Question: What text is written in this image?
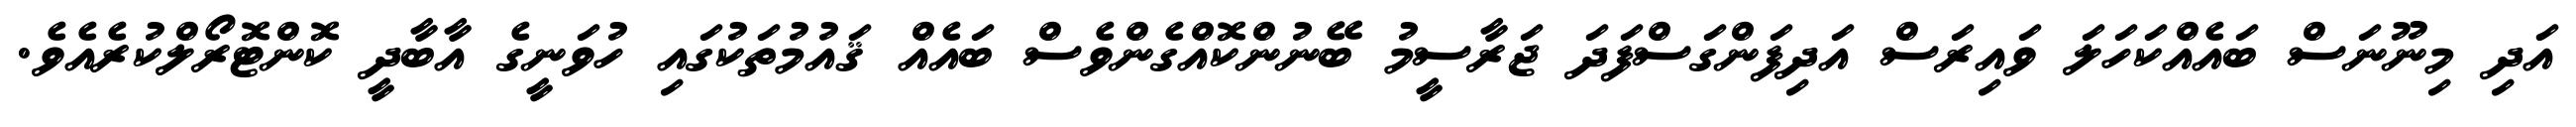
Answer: އަދި މިނޫނަސް ބައެއްކަހަލަ ވައިރަސް އަދިފަންގަސްފަދަ ޖަރާސީމު ބޭނުންކޮއްގެންވެސް ބައެއް ޤައުމުތަކުގައި ހުވަނީގެ އާބާދީ ކޮންޓޮރޯލްކުރެއެވެ.